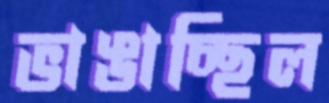
ভাঙাচ্ছিল